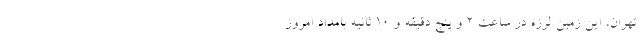
تهران، این زمین لرزه در ساعت ۲ و پنچ دقیقه و ۱۰ ثانیه بامداد امروز